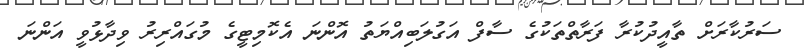
ސަރުކާރަށް ތާއީދުކުރާ ފަރާތްތަކުގެ ސާފް އަގުލަބިއްޔަތު އޮންނަ އެކޮމިޓީގެ މުގައްރިރު ވިދާޅުވީ އަންނަ